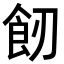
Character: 𩚒